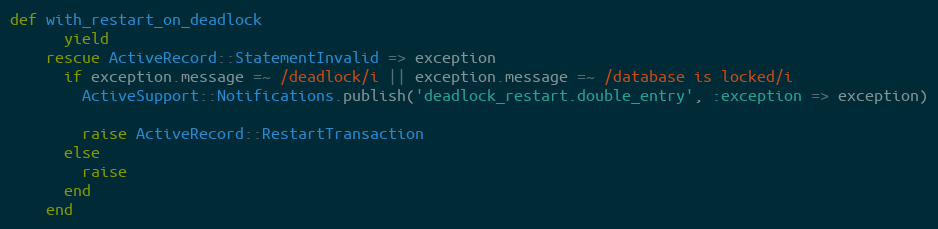
Language: Ruby
def with_restart_on_deadlock
      yield
    rescue ActiveRecord::StatementInvalid => exception
      if exception.message =~ /deadlock/i || exception.message =~ /database is locked/i
        ActiveSupport::Notifications.publish('deadlock_restart.double_entry', :exception => exception)

        raise ActiveRecord::RestartTransaction
      else
        raise
      end
    end